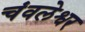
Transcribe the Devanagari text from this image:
चंवलेश्वर